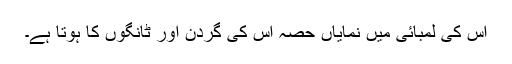
اس کی لمبائی میں نمایاں حصہ اس کی گردن اور ٹانگوں کا ہوتا ہے۔